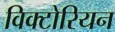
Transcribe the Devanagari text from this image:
विक्‍टोरियन